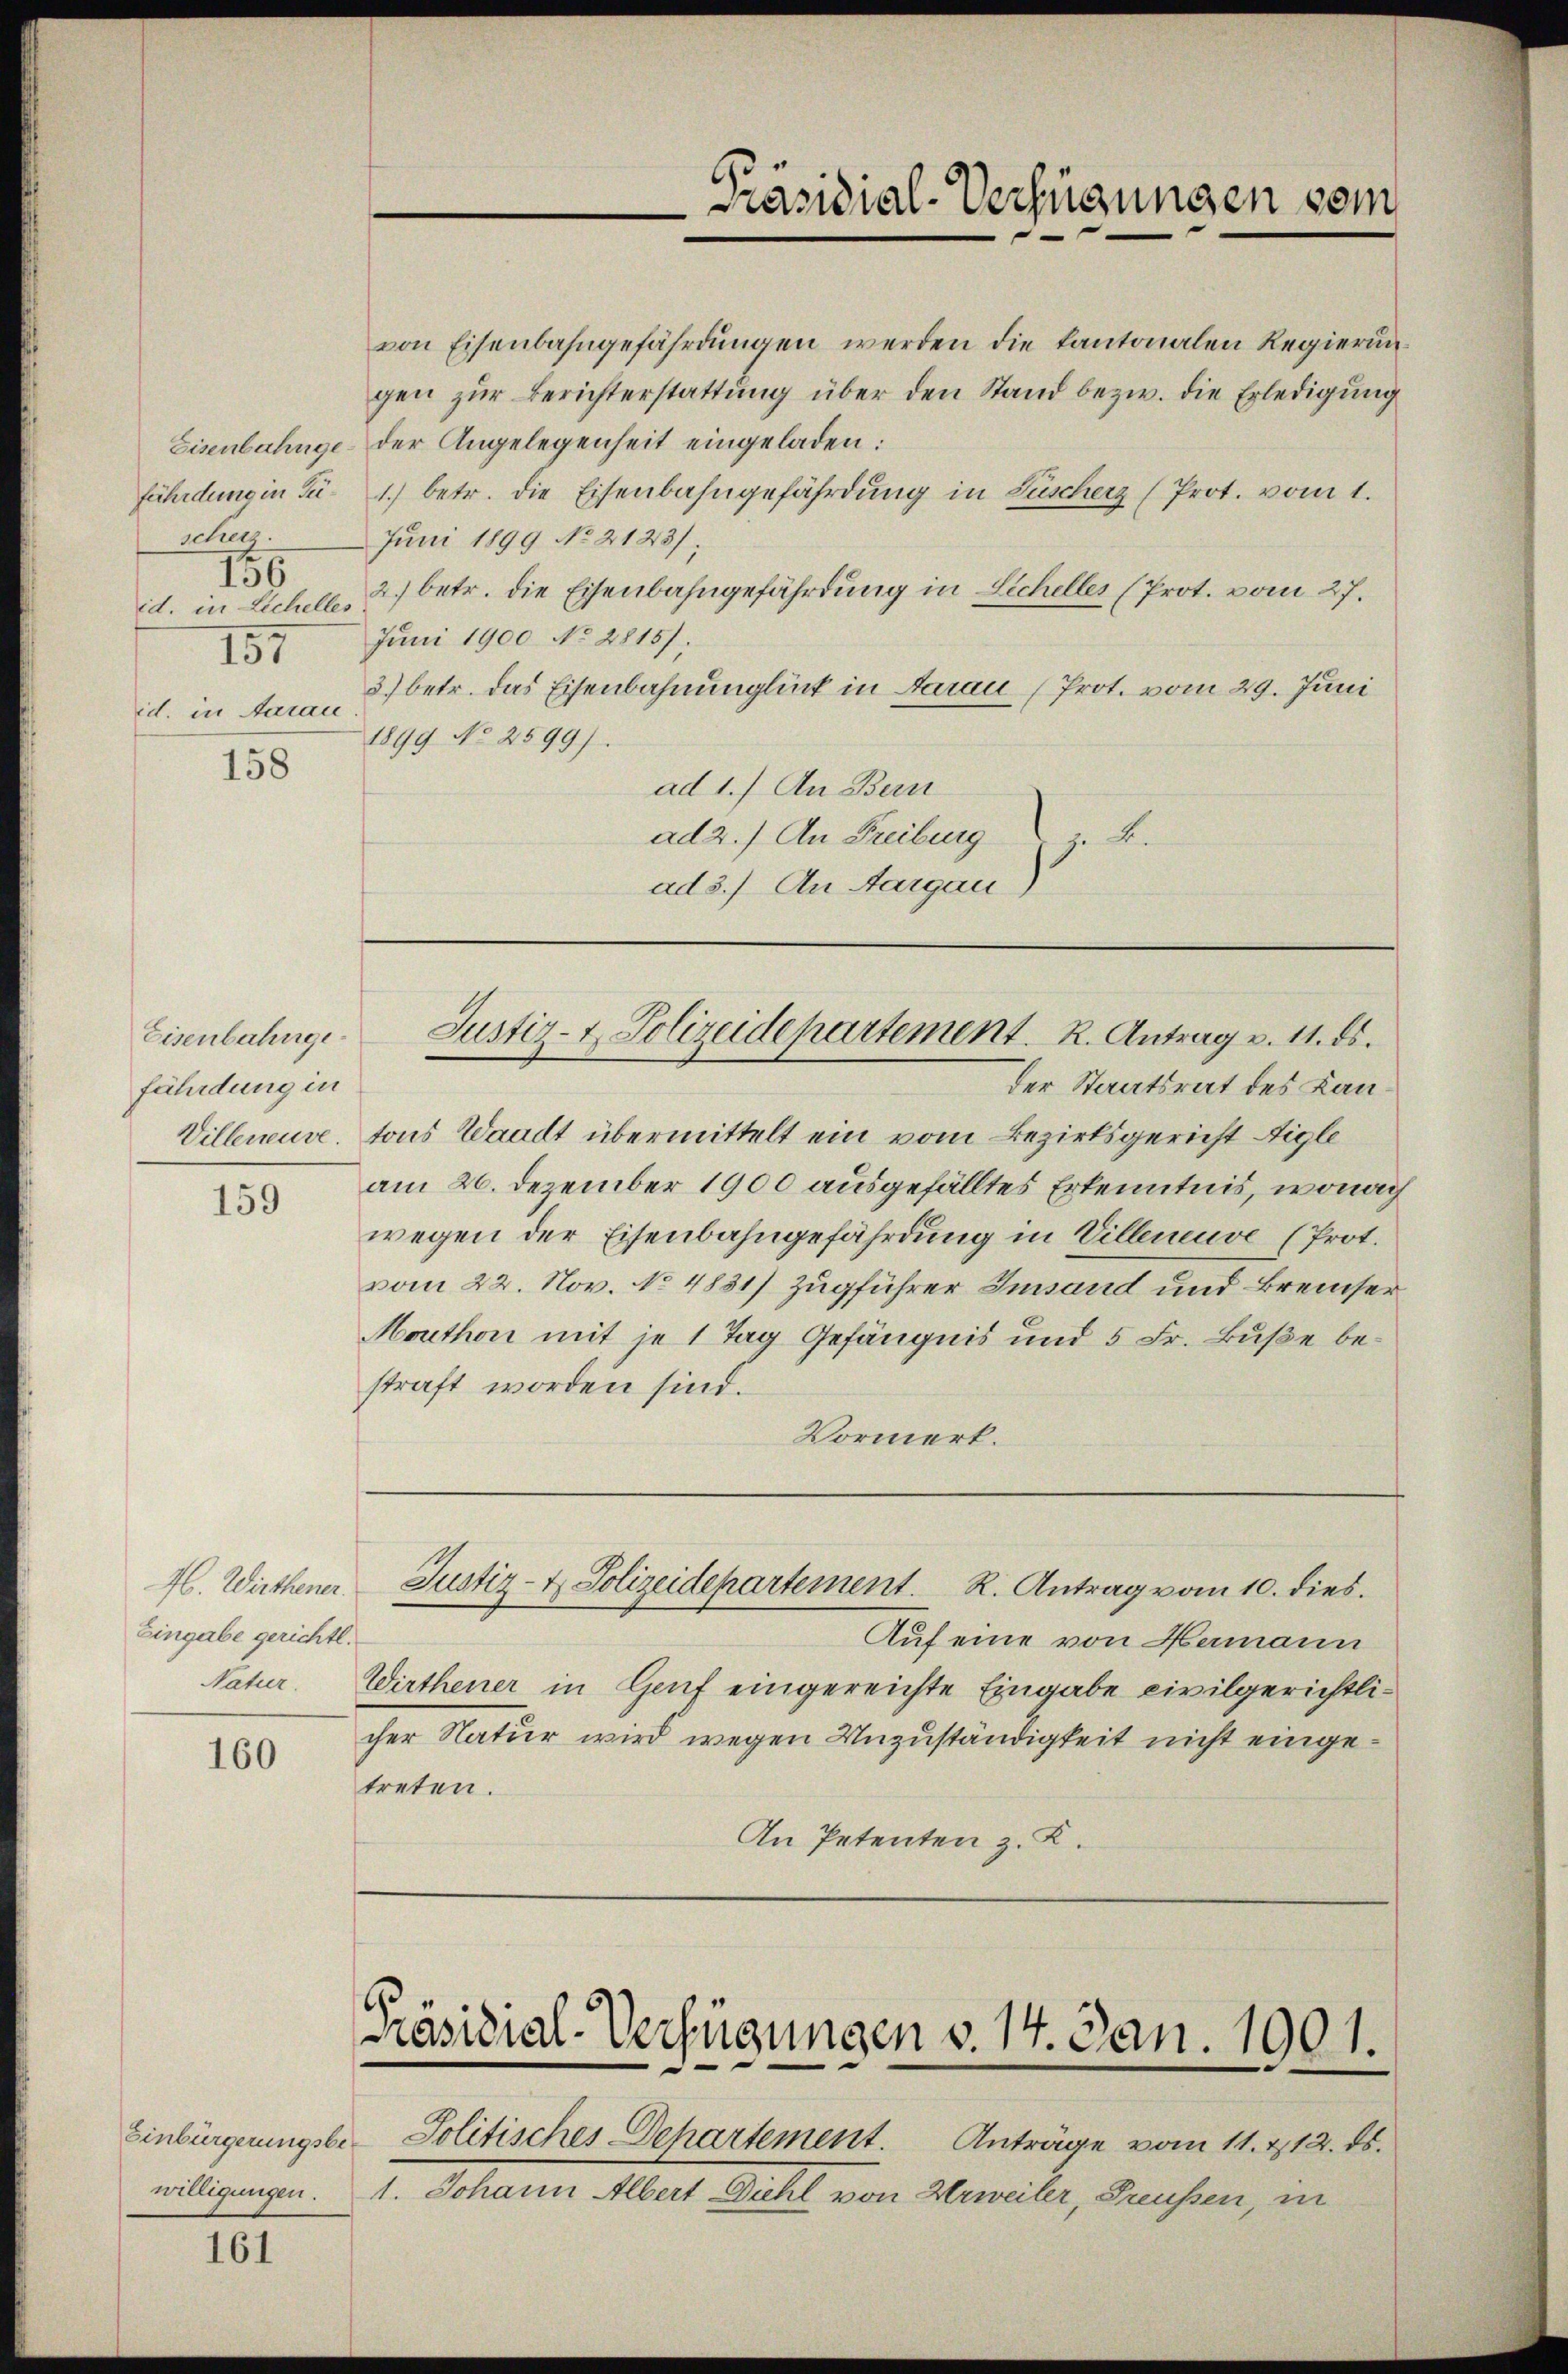
schutz.
156
id. in Lichelles
157

von Eisenbahngefährdŭngen werden die Kantonalen Regierungen zur Berichterstattung über den Stand bezw. die Erledigung
Eisenbahnge- der Angelegenheit eingeladen:
fährdung in Zu- 1.) betr. die Eisenbahngefährdung in Lüscherz (Prot. vom 1.
Juni 1899 No 2123),
2.) betr. die Eisenbahngefährdung in Sicheller (Prot. vom 27.
Juni 1900 No 2815),
3) betr. das Eisenbahnunglück in darau (Prot. vom 29. Juni
id. in Aarau
1899 No 2599)
158
ad 1.) An Bern
ad 2.) An Freiburg
ge Be
ad 3.) An Aargau,

Eisenbahngefährdung in

159

H. Wirthener.
Eingabe gerichtl.

160

der Staatsrat des Lan¬
Villeneuve, tous Waadt übermittelt ein vom Bezirksgericht Aigle
am 26. Dezember 1900 ausgefälltes Erkenntnis, wonac
wegen der Eisenbahngefährdung in Villeneuve (Prot.
vom 22. Nov. No 4831) Zugführer Imsand und Bremer
Monthon mit je 1 Tag Gefängnis und 5 Fr. Buße bestraft worden sind.
Vormerk.
Justiz- & Polizeidepartement. R. Antrag vom 10. dies.
Auf eine von Hamann
Natur. Wirthener in Genf eingereichte Eingabe civilgerichtlicher Natur wird wegen Unzuständigkeit nicht eingetreten.
In Petenten z. K.

Einbürgerungsbewilligungen.

161

Präsidial-Verfügungen vom

Justiz- & Polizeidepartement. R. Antrag v. 11. ds.

Präsidial-Verfügungen v. 14. Jan. 1901.

Politisches Dehartement. Anträge vom 11. 212. ds.
1. Johann Albert Diehl von Erweiler, Preußen, in